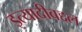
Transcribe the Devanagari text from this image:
इत्यादीबद्दल